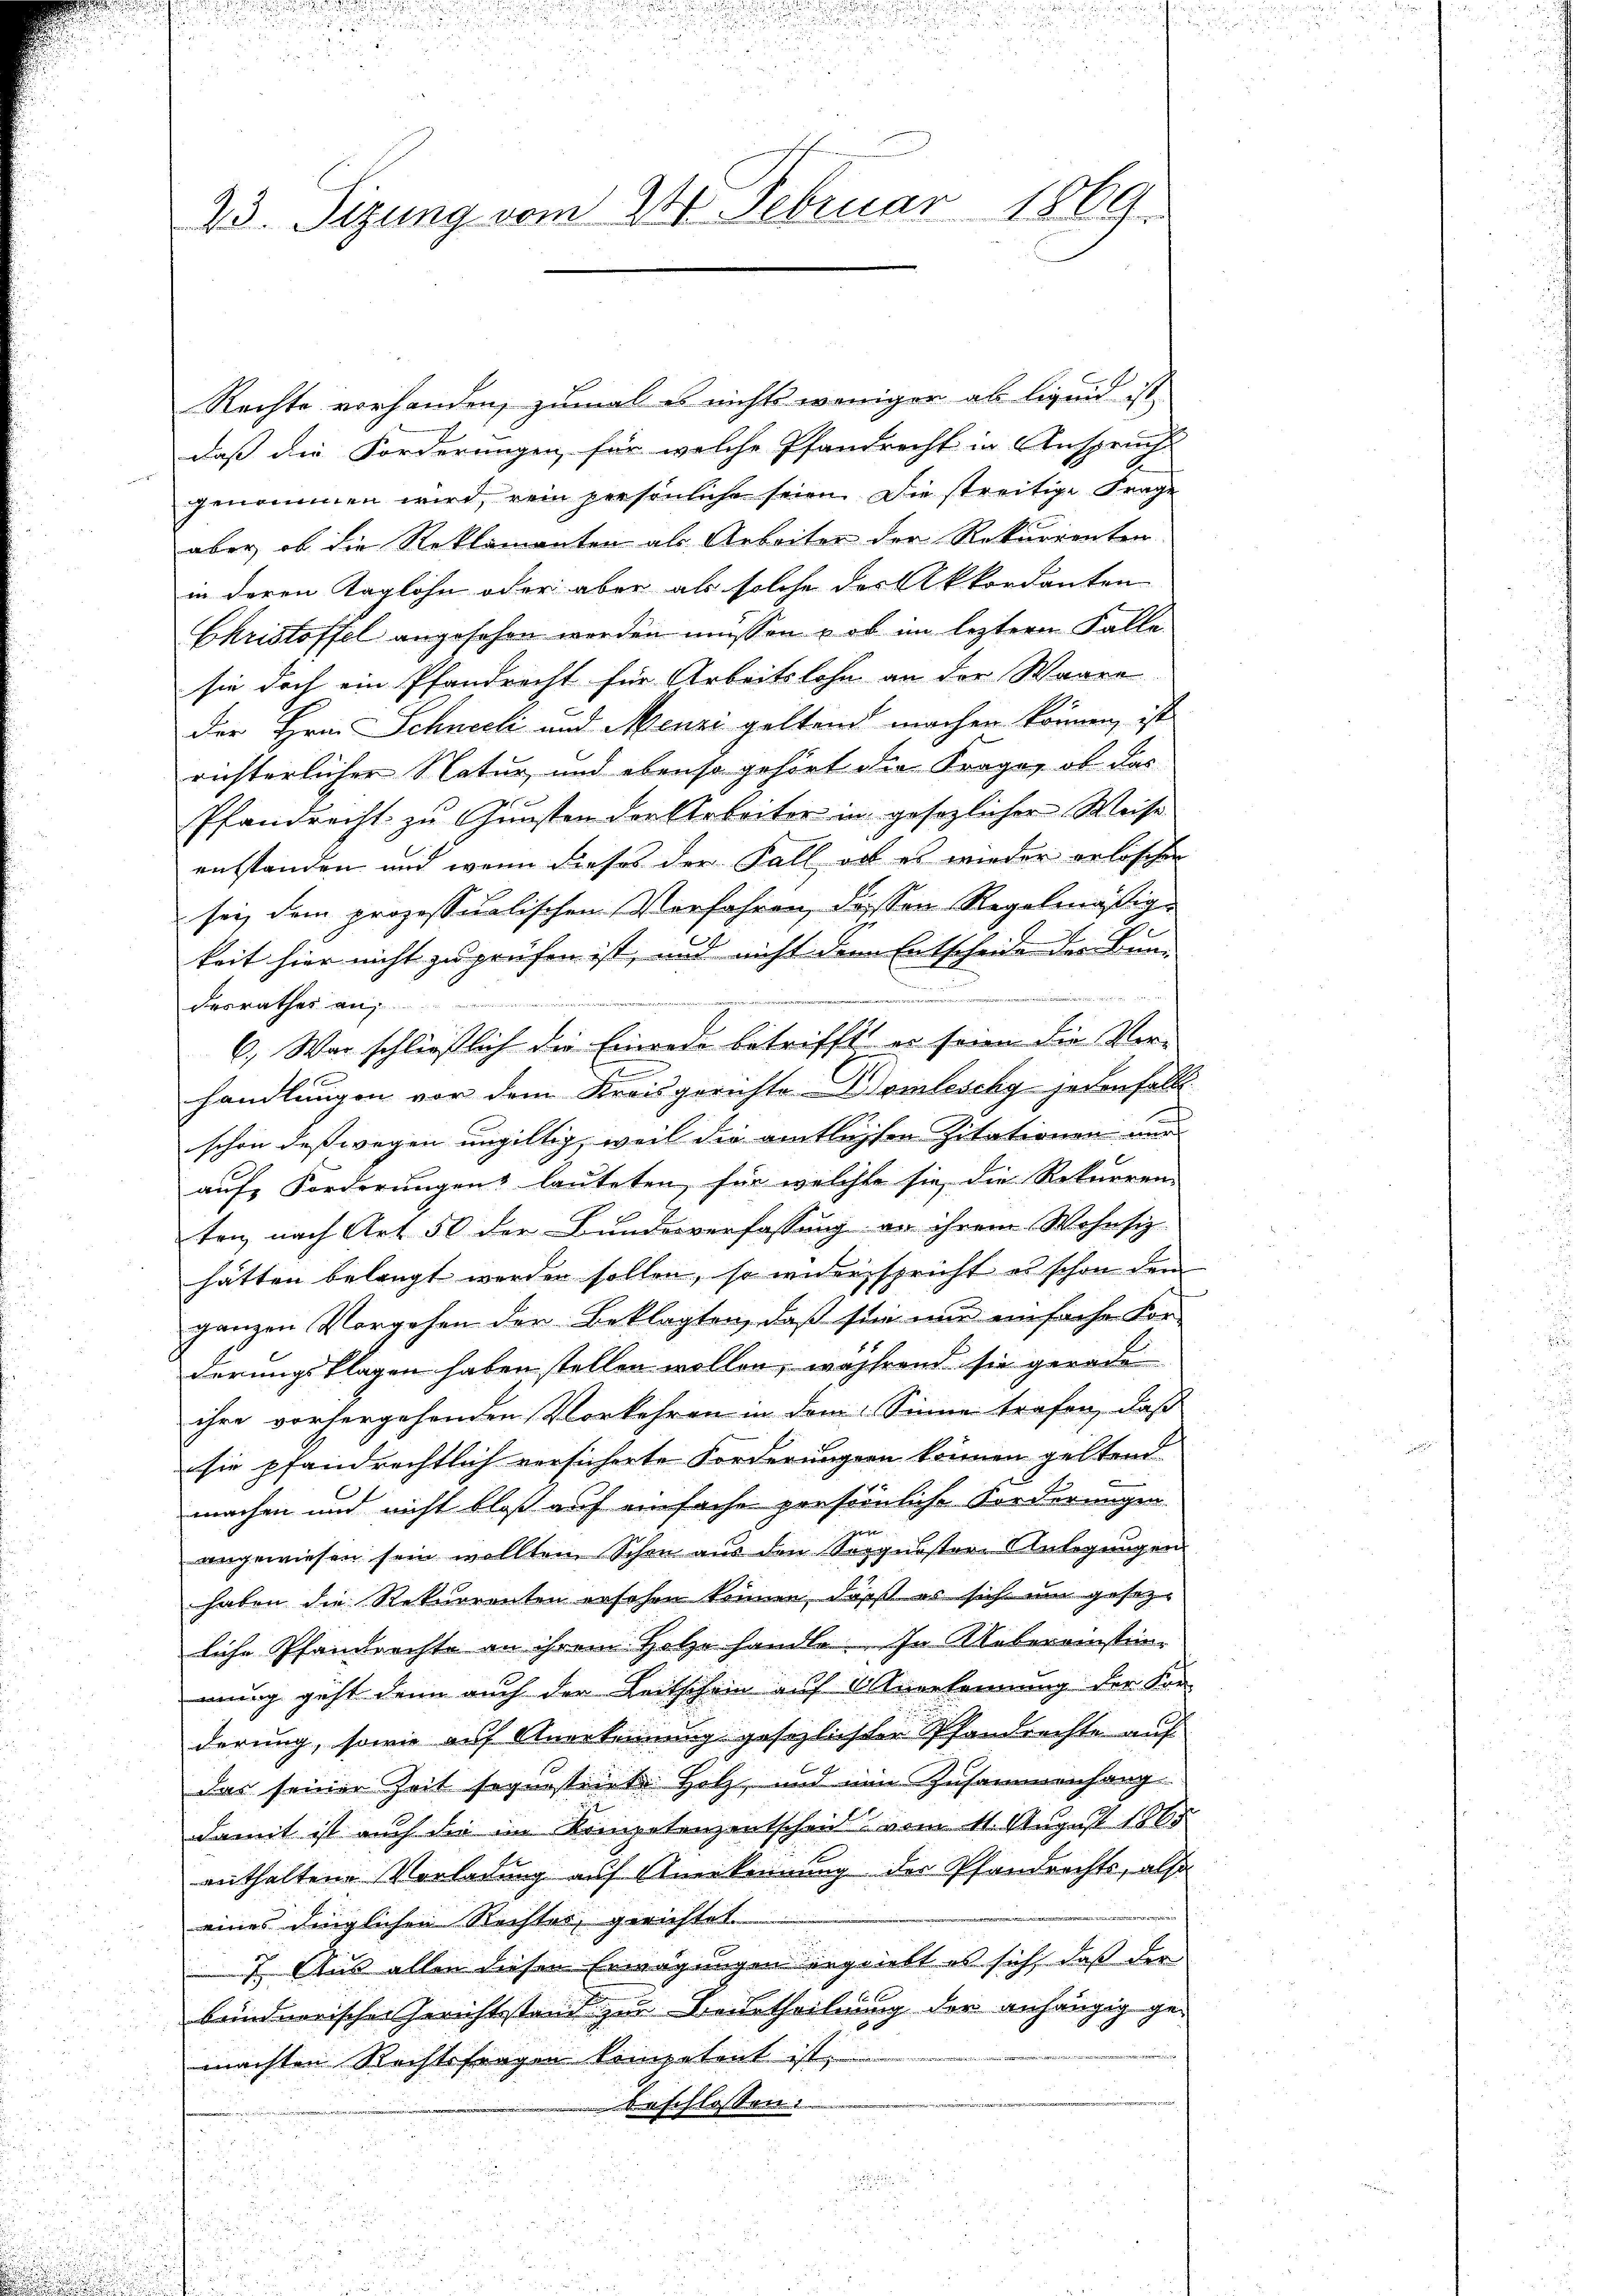
Rechte vorhanden, zumal es nichts weniger ab liquid ist
daß die Forderungen, für welche Pfandrecht in Anspruch
genommen wird, rein persönliche seien. Die streitige Frage
aber, ob die Reklamanten als Arbeiter der Rekurrenten
in deren Taglohn oder aber als solche des Akkordanten
Christoffel angesehen worden müssen, ob im lezteren Falle.
sie doch ein Pfandrecht für Arbeitslohn an der Waare
Der Hrn. Schneeli und Menze geltend machen können, ist
richterlicher Natur, und ebenso gehört die Frage, ob das
Pfandrecht zu Gunsten der Arbeiter in gesezlicher Weise
entstanden und wenn dieses der Fall ob es wieder erlöscher
sei, dem prozessualischen Verfahren, dessen Regelmäßige
keit hier nicht zu prüfen ist, und nicht dem Entscheide der Bun-

derrathes an,
6. War schließlich die Einrede betrifft er seien die Ver-
handlungen vor dem Kreisgerichte Womleschy jedenfall
schon deßwegen ungültig, weil die amtlichen Zitationen und
aufs Forderungen lauteten, für welcher sie die Rekurren-
ten nach Art. 50 der Bundesverfassung an ihrem Wohnsiz-
hätten belangt werden sollen, so widerspricht es schon dem
ganzen Vorgehen der Beklagten, daß sie nur einfache For-
derungsklagen haben stellen wollen, während sie gerade
ihre vorhergehenden Vorkehren in dem Sinne trafen, daß
sie pfandrechtlich versicherte Forderungen können geltend
machen und nicht bloß auf einfache persönliche Forderungen
angewiesen sein wollten Schon aus den Seppnister Anlegungen
haben die Rekurrenten ersehen können, daß es sich um gesezliche Pfandrechte an ihrem Holze handle. In Uebereinstimmung geht denn auch der Leitschein auf Anerkennung der Kor-
derung, sowie auf Anerkennung gesezlichter Pfandrechte auf
das seiner Zeit segnostrirt Holz, und ein Zusammenhang
damit ist auch die im Kompetenzentscheit vom 11. August 1805
enthaltene Vorladung auf Anerkennung der Pfandrechts, also
eines dinglichen Rechtes, gerichtet.
7. Aus allen diesen Erwägungen ergiebt es sich daß der
bündnerischer Gerichtsstand zur Beurtheilung der anhängig gemachten Rechtsfragen keinpetent ist,
beschlossen:
.

23. Sizung vom 24. Februar 1869.